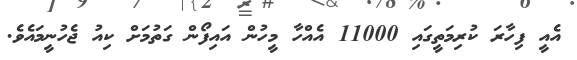
އެއީ ފިހާރަ ކުރިމަތީގައި 11000 އެއްހާ މީހުން އައިފޯން ގަތުމަށް ކިއު ޖެހުނީމައެވެ.